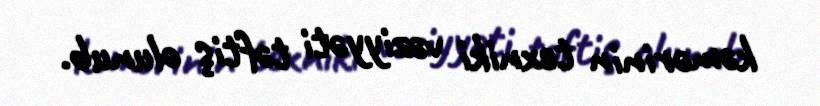
kəmərinin texniki vəziyyəti təftiş olunub.